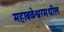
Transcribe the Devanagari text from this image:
महाबळेश्वरमधील